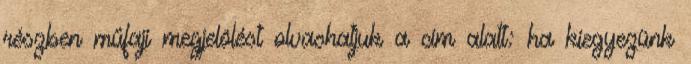
részben műfaji megjelölést olvashatjuk a cím alatt: ha kiegyezünk